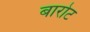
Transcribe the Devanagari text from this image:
बारोट